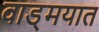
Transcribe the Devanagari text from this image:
वाड्मयात